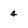
Character: 4